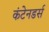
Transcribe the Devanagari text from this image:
कंटेनडर्स